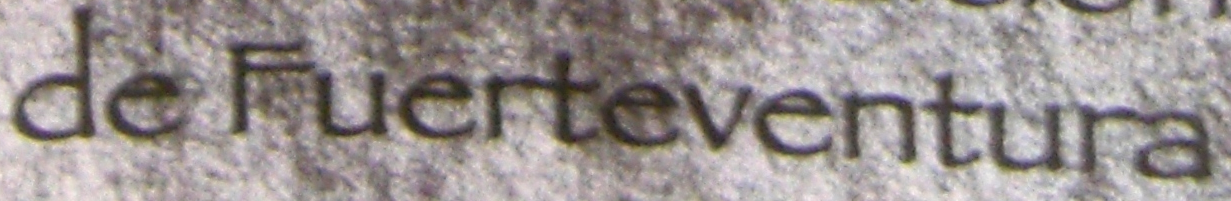
de Fuerteventura